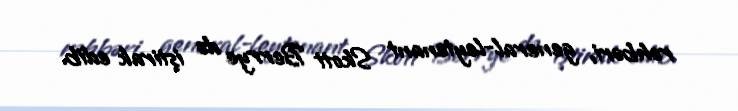
rəhbəri, general-leytenant Skott Berrye də iştirak edib.